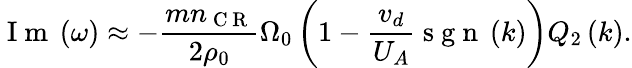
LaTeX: \mathrm{~I~m~}\left(\omega\right)\approx-\frac{mn_{\mathrm{~C~R~}}}{2\rho_{0}}\Omega_{0}\left(1-\frac{v_{d}}{U_{A}}\mathrm{~s~g~n~}\left(k\right)\right)Q_{2}\left(k\right).